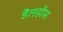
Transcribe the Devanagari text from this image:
डैलहौस